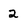
Character: 2